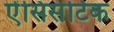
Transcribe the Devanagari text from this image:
ऐंसिसेटिक